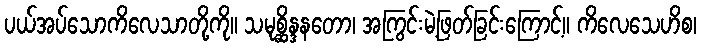
ပယ်အပ်သောကိလေသာတို့ကို။ သမုစ္ဆိန္ဒနတော၊ အကြွင်းမဲ့ဖြတ်ခြင်းကြောင့်။ ကိလေသေဟိစ၊